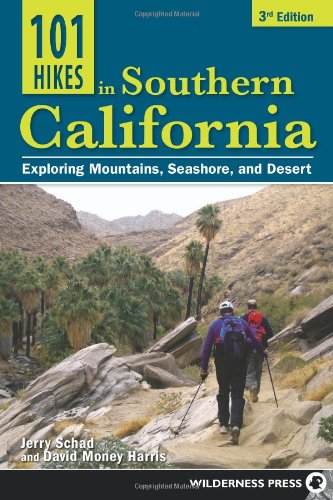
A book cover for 101 Hikes in Southern California: Exploring Mountains, Seashore, and Desert; Jerry Schad; Health, Fitness & Dieting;